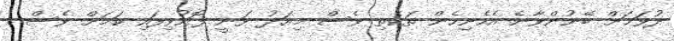
ދުވަހަށް ބޭނުންވާނެ އެހެނިހެން ތަކެތި ވެސް މިއަދު ވަނީ ފޮނުވިފައި ކަމަށް ވެސް